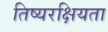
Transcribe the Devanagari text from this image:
तिष्यरक्षियता